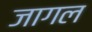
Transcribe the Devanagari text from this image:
जागल